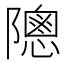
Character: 䧭